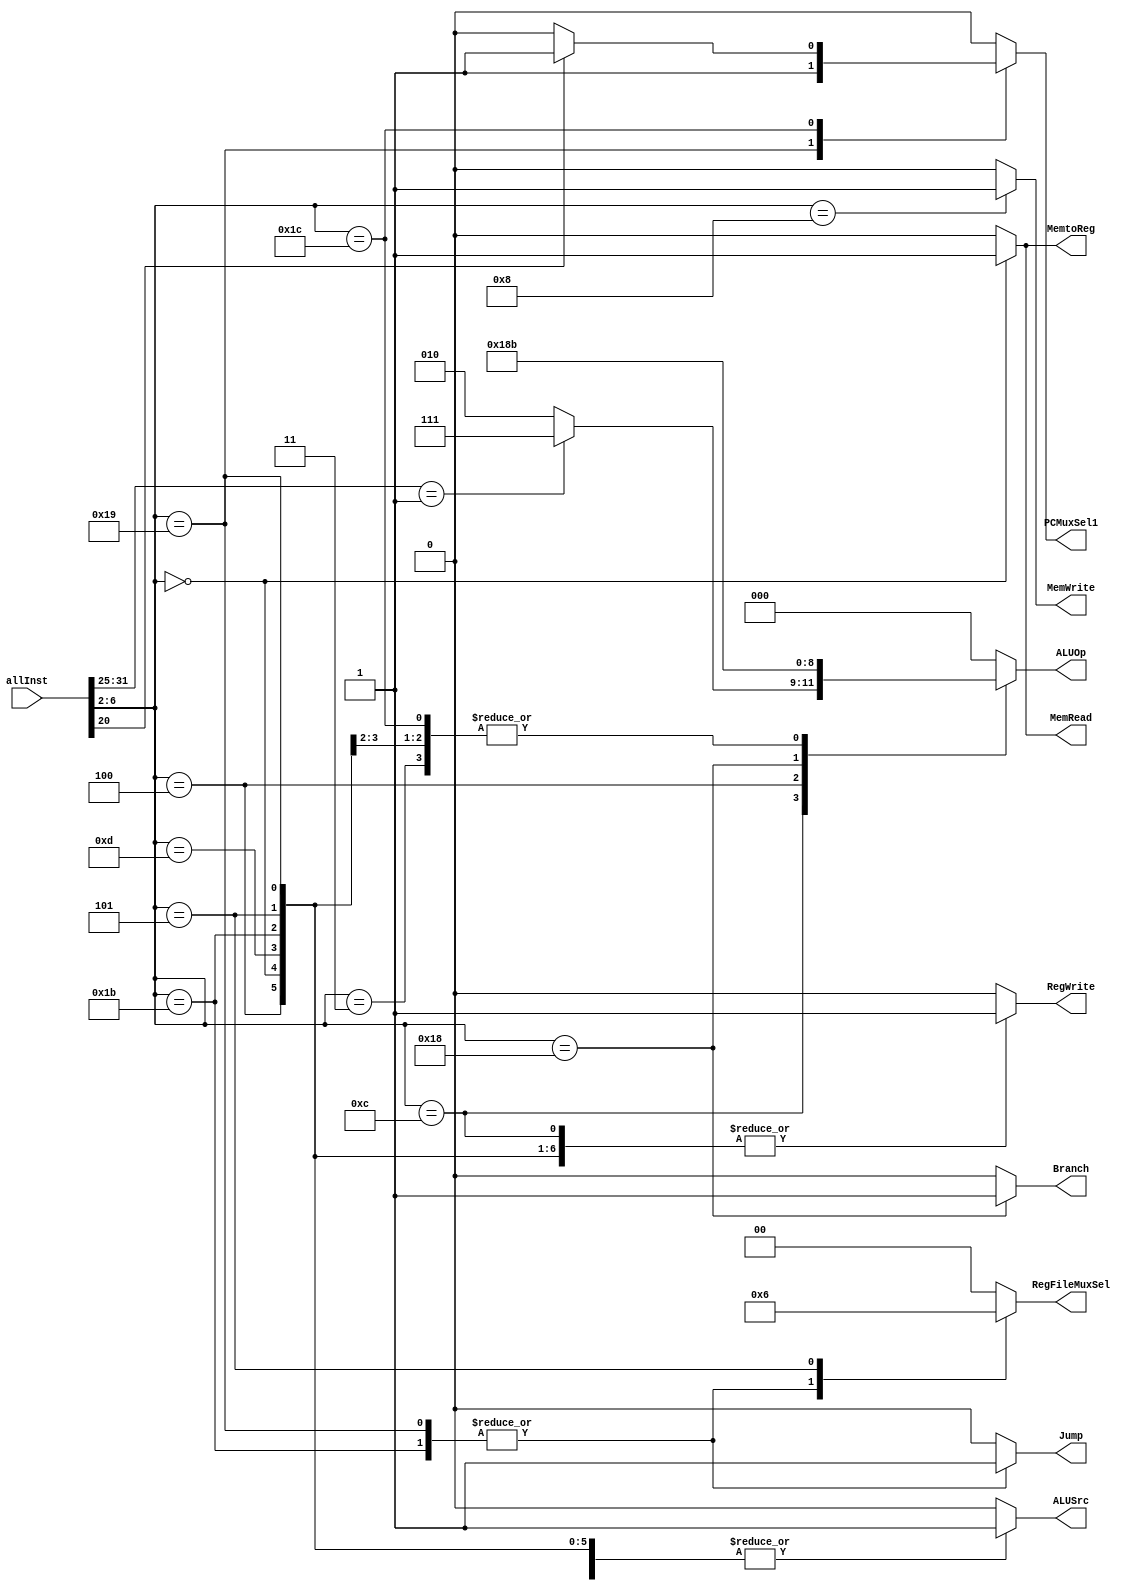
`timescale 1ns / 1ps
//////////////////////////////////////////////////////////////////////////////////
// Company: 
// Engineer: 
// 
// Design Name: 
// Module Name: control_unit
// Project Name: 
// Target Devices: 
// Tool Versions: 
// Description: 
// 
// Dependencies: 
// 
// Revision:
// Revision 0.01 - File Created
// Additional Comments:
// 
//////////////////////////////////////////////////////////////////////////////////


module ControlUnit(
    
    input [31:0] allInst,
    output reg Branch,
    output reg Jump, 
    output reg MemRead, 
    output reg MemtoReg,
    output reg [2:0] ALUOp, 
    output reg MemWrite, 
    output reg ALUSrc, 
    output reg RegWrite,
    output reg [1:0] RegFileMuxSel,
    output reg PCMuxSel1
);

wire [4:0] inst;
assign inst = allInst[6:2];

//initial begin
//     Branch = 0; 
//    Jump = 0; 
//    MemRead = 1'd0; 
//    MemtoReg = 0; 
//    ALUOp = 3'b000;
//    MemWrite = 0; 
//    ALUSrc = 0; 
//    RegWrite = 0; 
//    RegFileMuxSel = 2'b00; 
//    PCMuxSel1 = 0;
//end

always@(*) begin
    case(inst)
    
        5'b01100: begin // R-Format
             if(allInst[31:25] == 7'b0000001) begin // mul / div
                Branch = 0;            
                Jump = 0;              
                MemRead = 0;           
                MemtoReg = 0;          
                ALUOp = 3'b111;        
                MemWrite = 0;          
                ALUSrc = 0;            
                RegWrite = 1;          
                RegFileMuxSel = 2'b00; 
                PCMuxSel1 = 0;              
             end
             else begin
                Branch = 0;
                Jump = 0;
                MemRead = 0;
                MemtoReg = 0;
                ALUOp = 3'b010;
                MemWrite = 0;
                ALUSrc = 0;
                RegWrite = 1;
                RegFileMuxSel = 2'b00; 
                PCMuxSel1 = 0;  
             end
        end
            
        5'b00100: begin // I-Format 
             Branch = 0; 
             Jump = 0;
             MemRead = 0;
             MemtoReg = 0;
             ALUOp = 3'b110;
             MemWrite = 0;
             ALUSrc = 1;
             RegWrite = 1;
             RegFileMuxSel = 2'b00;
             PCMuxSel1 = 0; 
         end
            
        5'b00000: begin // LW: 00000
             Branch = 0;
             Jump = 0;
             MemRead = 1;
             MemtoReg = 1;
             ALUOp = 3'b000;
             MemWrite = 0;
             ALUSrc = 1;
             RegWrite = 1;
             RegFileMuxSel = 2'b00; 
             PCMuxSel1 = 0;  
        end
            
        5'b01000: begin // SW: 01000
             Branch = 0;
             Jump = 0;
             MemRead = 0;
             MemtoReg = 0;
             ALUOp = 3'b000;
             MemWrite = 1;
             ALUSrc = 1;
             RegWrite = 0;
             RegFileMuxSel = 2'b00;
             PCMuxSel1 = 0;   
        end
        
        5'b11000: begin // B-Format 
             Branch = 1;
             Jump = 0; 
             MemRead = 0;
             MemtoReg = 0;
             ALUOp = 3'b001;
             MemWrite = 0;
             ALUSrc = 0;
             RegWrite = 0;
             RegFileMuxSel = 2'b00; 
             PCMuxSel1 = 0; 
        end
        
        5'b01101: begin // LUI
             Branch = 0;
             Jump = 0; 
             MemRead = 0;
             MemtoReg = 0;
             ALUOp = 3'b011;
             MemWrite = 0;
             ALUSrc = 1;
             RegWrite = 1;
             RegFileMuxSel = 2'b00;
             PCMuxSel1 = 0; 
        end
        
        5'b11011: begin // JAL
            Branch = 0; 
            Jump = 1; 
            MemRead = 0; 
            MemtoReg = 0; 
            ALUOp = 3'b011;
            MemWrite = 0; 
            ALUSrc = 1;
            RegWrite = 1; 
            RegFileMuxSel = 2'b01;
            PCMuxSel1 = 0;  
         end
        
        5'b11001: begin // JALR
            Branch = 0; 
            Jump = 1; 
            MemRead = 0; 
            MemtoReg = 0; 
            ALUOp = 3'b000;
            MemWrite = 0; 
            ALUSrc = 1; 
            RegWrite = 1; 
            RegFileMuxSel = 2'b01; 
            PCMuxSel1 = 1;
        end
        
        5'b00101: begin // AUIPC
            Branch = 0; 
            Jump = 0; 
            MemRead = 0; 
            MemtoReg = 0; 
            ALUOp = 3'b000;
            MemWrite = 0; 
            ALUSrc = 1; 
            RegWrite = 1; 
            RegFileMuxSel = 2'b10; 
            PCMuxSel1 = 0;
        end
        
        5'b00011 : begin   // FENCE
            Branch = 0; 
            Jump = 0; 
            MemRead = 0; 
            MemtoReg = 0; 
            ALUOp = 3'b011;
            MemWrite = 0; 
            ALUSrc = 0; 
            RegWrite = 0; 
            RegFileMuxSel = 2'b00; 
            PCMuxSel1 = 0;
        end
        
        5'b11100 : begin 
            if (allInst[20] == 0) begin // ECALL
                Branch = 0; 
                Jump = 0; 
                MemRead = 0; 
                MemtoReg = 0; 
                ALUOp = 3'b011;
                MemWrite = 0; 
                ALUSrc = 0; 
                RegWrite = 0; 
                RegFileMuxSel = 2'b00; 
                PCMuxSel1 = 0;
            end
            
            else begin  // EBREAK
                Branch = 0; 
                Jump = 0; 
                MemRead = 0; 
                MemtoReg = 0; 
                ALUOp = 3'b011;
                MemWrite = 0; 
                ALUSrc = 0; 
                RegWrite = 0; 
                RegFileMuxSel = 2'b00; 
                PCMuxSel1 = 1;
            end
        end
        default: begin 
         Branch = 0; 
                Jump = 0; 
                MemRead = 1'd0; 
                MemtoReg = 0; 
                ALUOp = 3'b000;
                MemWrite = 0; 
                ALUSrc = 0; 
                RegWrite = 0; 
                RegFileMuxSel = 2'b00; 
                PCMuxSel1 = 0;
           end
    endcase 
end



endmodule